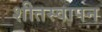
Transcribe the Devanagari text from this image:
शीतस्वापन